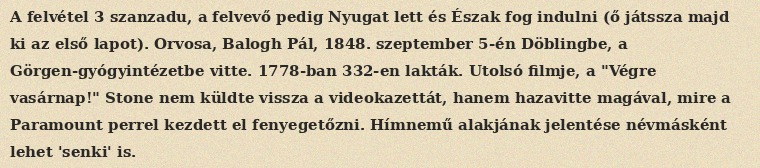
A felvétel 3 szanzadu, a felvevő pedig Nyugat lett és Észak fog indulni (ő játssza majd ki az első lapot). Orvosa, Balogh Pál, 1848. szeptember 5-én Döblingbe, a Görgen-gyógyintézetbe vitte. 1778-ban 332-en lakták. Utolsó filmje, a "Végre vasárnap!" Stone nem küldte vissza a videokazettát, hanem hazavitte magával, mire a Paramount perrel kezdett el fenyegetőzni. Hímnemű alakjának jelentése névmásként lehet 'senki' is.